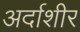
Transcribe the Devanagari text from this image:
अर्दाशीर